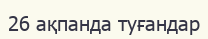
26 ақпанда туғандар